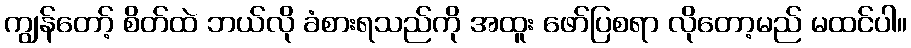
ကျွန်တော့် စိတ်ထဲ ဘယ်လို ခံစားရသည်ကို အထူး ဖော်ပြစရာ လိုတော့မည် မထင်ပါ။